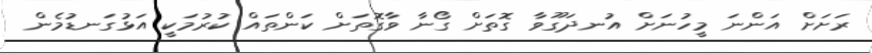
ރަށަށް އަންނަ މީހުނަށް އުނދަގޫވާ ގޮތަށް ގޯނާ ވާގޮތަށް ކަންތައް ކުރުމަކީ އަޅުގަނޑުމެން